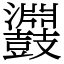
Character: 鼝